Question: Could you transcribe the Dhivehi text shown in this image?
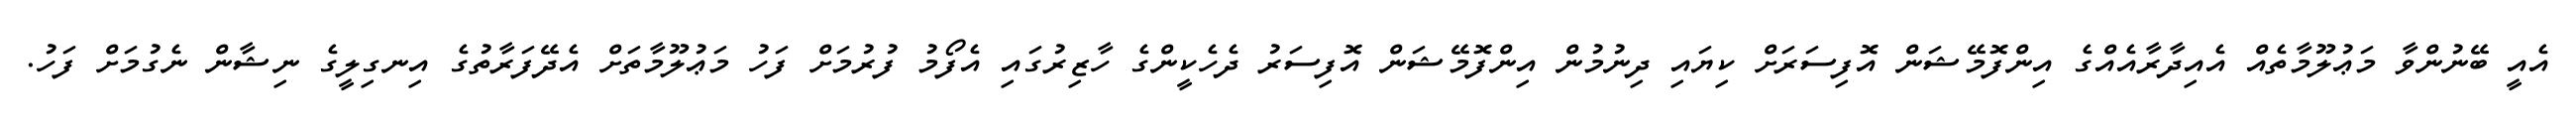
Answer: އެއީ ބޭނުންވާ މަޢުލޫމާތެއް އެއިދާރާއެއްގެ އިންފޮމޭޝަން އޮފިސަރަށް ކިޔައި ދިނުމުން އިންފޮމޭޝަން އޮފިސަރު ދެހެކީންގެ ހާޒިރުގައި އެފޯމު ފުރުމަށް ފަހު މަޢުލޫމާތަށް އެދޭފަރާތުގެ އިނގިލީގެ ނިޝާން ނެގުމަށް ފަހު.